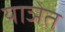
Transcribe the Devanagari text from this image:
याञेत